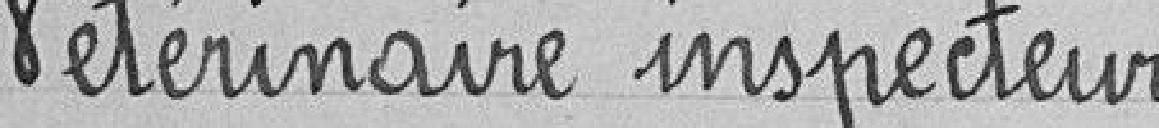
Vétérinaire inspecteur.